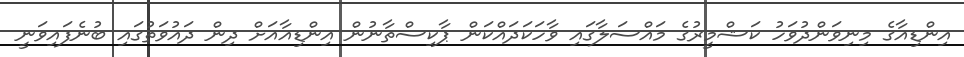
އިންޑިއާގެ މިނިވަންދުވަހު ކަޝްމީރުގެ މައްސަލާގައި ވާހަކަދައްކަން ޕާކިސްތާނުން އިންޑިއާއަށް ދިން ދައުވަތުގައި ބުނެފައިވަނީ